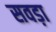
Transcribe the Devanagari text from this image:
सवड़ा